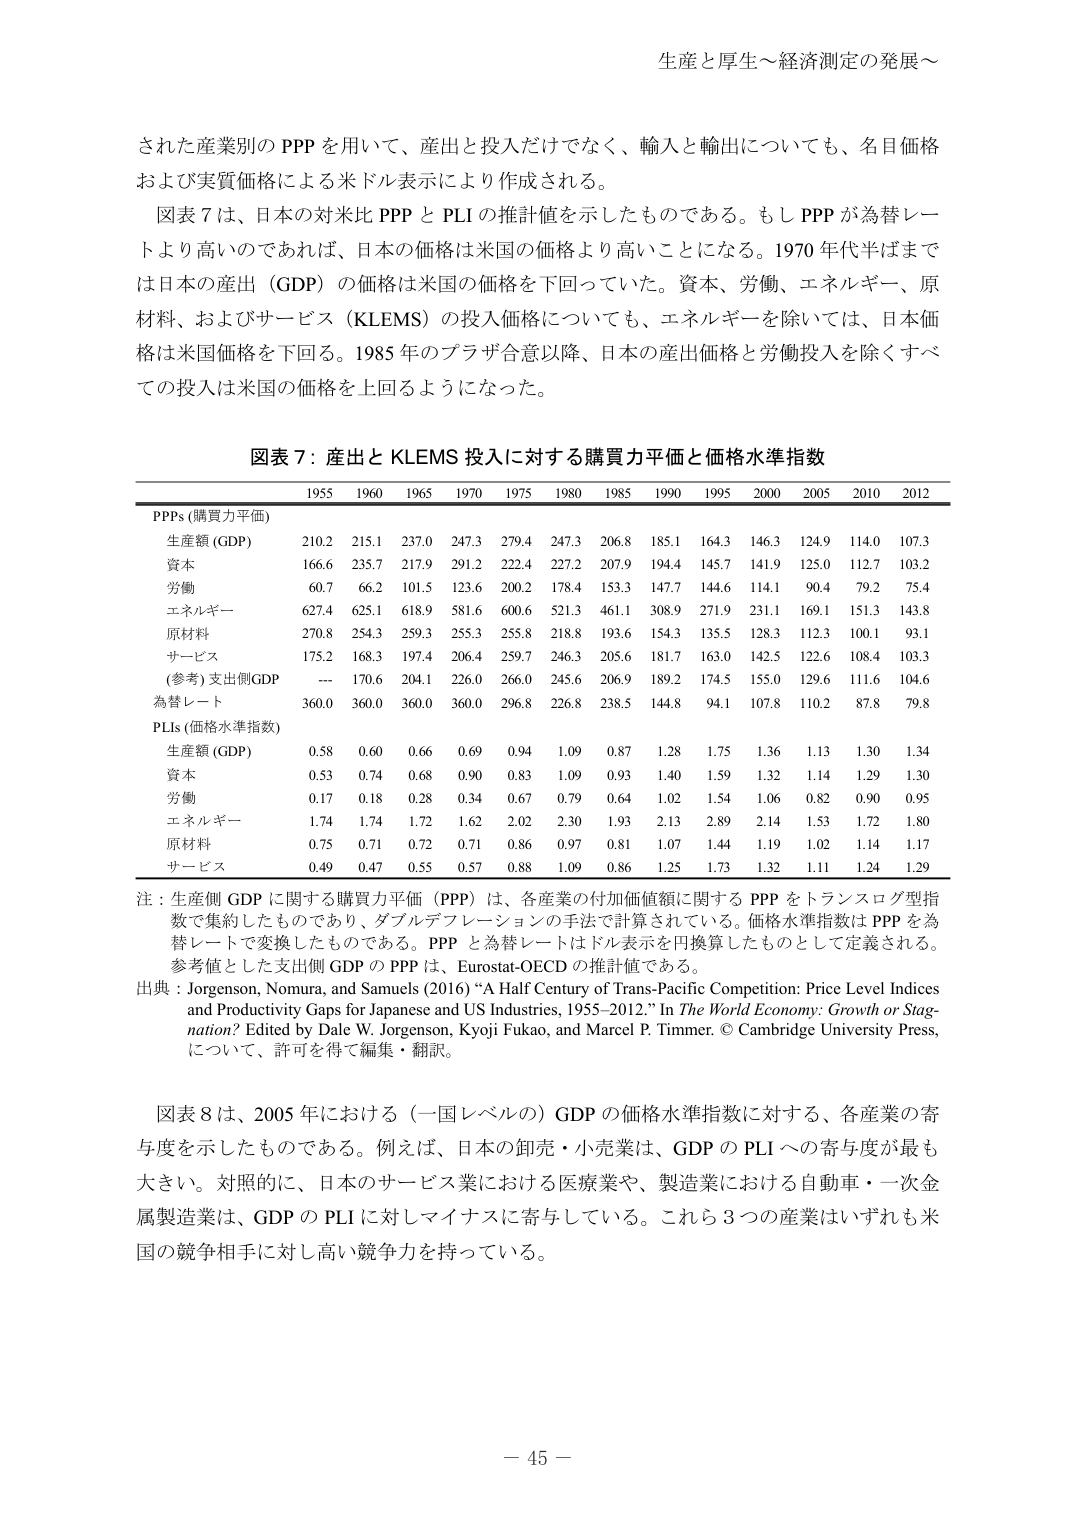
生産と厚生～経済測定の発展～

された産業別の PPP を用いて、産出と投入だけではなく、輸入と輸出についても、名目価格および実質価格による米ドル表示により作成される。

図表 7 は、日本の対米比 PPP と PLI の推計値を示したものである。もし PPP が為替レートより高いのであれば、日本の価格は米国の価格より高いことになる。1970 年代半ばまでは日本の産出（GDP）の価格は米国の価格を下回っていた。資本、労働、エネルギー、原材料、およびサービス（KLEMS）の投入価格についても、エネルギーを除いては、日本価格は米国価格を下回る。1985 年のプラザ合意以降、日本の産出価格と労働投入を除くすべての投入は米国の価格を上回るようになった。

図表 7：産出と KLEMS 投入に対する購買力平価と価格水準指数

1955 1960 1965 1970 1975 1980 1985 1990 1995 2000 2005 2010 2012

PPPs (購買力平価)

生産額 (GDP) 210.2 215.1 237.0 247.3 279.4 247.3 206.8 185.1 164.3 146.3 124.9 114.0 107.3

資本 166.6 235.7 217.9 291.2 222.4 227.2 207.9 194.4 145.7 141.9 125.0 112.7 103.2

労働 60.7 66.2 101.5 123.6 200.2 178.4 153.3 147.7 144.6 114.1 90.4 79.2 75.4

エネルギー 627.4 625.1 618.9 581.6 600.6 521.3 461.1 308.9 271.9 231.1 169.1 151.3 143.8

原材料 270.8 254.3 259.3 255.3 255.8 218.8 193.6 154.3 135.5 128.3 112.3 100.1 93.1

サービス 175.2 168.3 197.4 206.4 259.7 246.3 205.6 181.7 163.0 142.5 122.6 108.4 103.3

(参考) 支出側GDP --- 170.6 204.1 226.0 266.0 245.6 206.9 189.2 174.5 155.0 129.6 111.6 104.6

為替レート 360.0 360.0 360.0 360.0 296.8 226.8 238.5 144.8 94.1 107.8 110.2 87.8 79.8

PLIs (価格水準指数)

生産額 (GDP) 0.58 0.60 0.66 0.69 0.94 1.09 0.87 1.28 1.75 1.36 1.13 1.30 1.34

資本 0.53 0.74 0.68 0.90 0.83 1.09 0.93 1.40 1.59 1.32 1.14 1.29 1.30

労働 0.17 0.18 0.28 0.34 0.67 0.79 0.64 1.02 1.54 1.06 0.82 0.90 0.95

エネルギー 1.74 1.74 1.72 1.62 2.02 2.30 1.93 2.13 2.89 2.14 1.53 1.72 1.80

原材料 0.75 0.71 0.72 0.71 0.86 0.97 0.81 1.07 1.44 1.19 1.02 1.14 1.17

サービス 0.49 0.47 0.55 0.57 0.88 1.09 0.86 1.25 1.73 1.32 1.11 1.24 1.29

注：生産側 GDP に関する購買力平価 (PPP) は、各産業の付加価値額に関する PPP をトランスログ型指数で集約したものであり、ダブルデフレーションの手法で計算されている。価格水準指数は PPP を為替レートで変換したものである。PPP と為替レートはドル表示を円換算したものとして定義される。参考値とした支出側 GDP の PPP は、Eurostat-OECD の推計値である。

出典：Jorgenson, Nomura, and Samuels (2016) “A Half Century of Trans-Pacific Competition: Price Level Indices and Productivity Gaps for Japanese and US Industries, 1955–2012.” In The World Economy: Growth or Stagnation? Edited by Dale W. Jorgenson, Kyoji Fukao, and Marcel P. Timmer. © Cambridge University Press, について、許可を得て編集・翻訳。

図表 8 は、2005 年における（一国レベルの）GDP の価格水準指数に対する、各産業の寄与度を示したものである。例えば、日本の卸売・小売業は、GDP の PLI への寄与度が最も大きい。対照的に、日本のサービス業における医療業や、製造業における自動車・一次金属製造業は、GDP の PLI に対しマイナスに寄与している。これら 3 つの産業はいずれも米国の競争相手に対し高い競争力を持っている。

－ 45 －